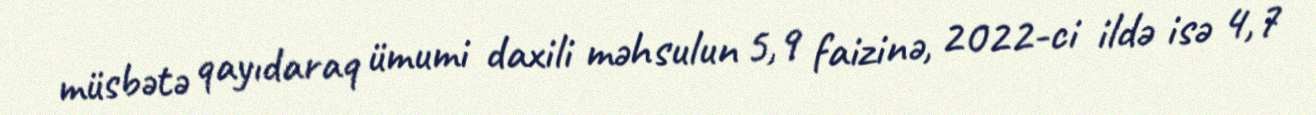
müsbətə qayıdaraq ümumi daxili məhsulun 5,9 faizinə, 2022-ci ildə isə 4,7